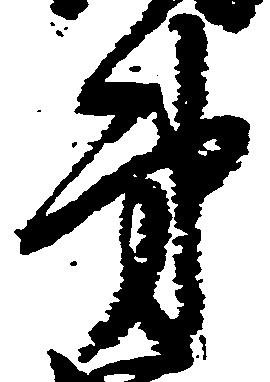
弟